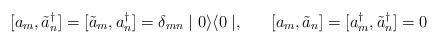
LaTeX: \begin{align*}[a_{m}, \tilde{a}^{\dagger}_{n}] = [\tilde{a}_{m}, a^{\dagger}_{n}] = \delta_{mn} \mid 0 \rangle \langle 0 \mid , \;\;\;\;\;\; [a_{m}, \tilde{a}_{n}] = [a^{\dagger}_{m}, \tilde{a}^{\dagger}_{n}] = 0 \end{align*}